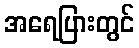
အရေပြားတွင်